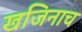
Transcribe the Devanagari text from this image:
खजिनाच